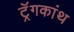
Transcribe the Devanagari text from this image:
ट्रॅगकांथ